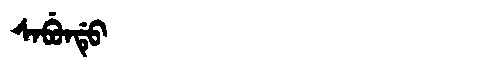
Manchu: ᠰᠠᠪᡠᠨᡩᡠ
Romanization: SABUNDU